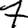
Digit: 7